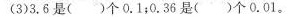
(3)3.6是()个0.1；0.36是()个0.01。